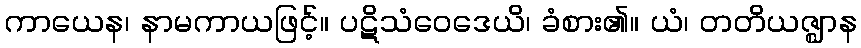
ကာယေန၊ နာမကာယဖြင့်။ ပဋိသံဝေဒေယိ၊ ခံစား၏။ ယံ၊ တတိယဇ္ဈာန